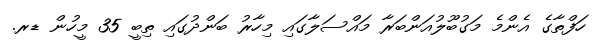
ހަފްތާގެ އެންމެ މަގުބޫލުއަންބަރާ މައްސަލާގައި މިހާރު ބަންދުގައި ތިބީ 35 މީހުން ޑރ.